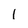
Character: 1